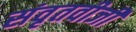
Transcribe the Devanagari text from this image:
संवृतवीजी